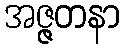
အဇ္ဇတနာ